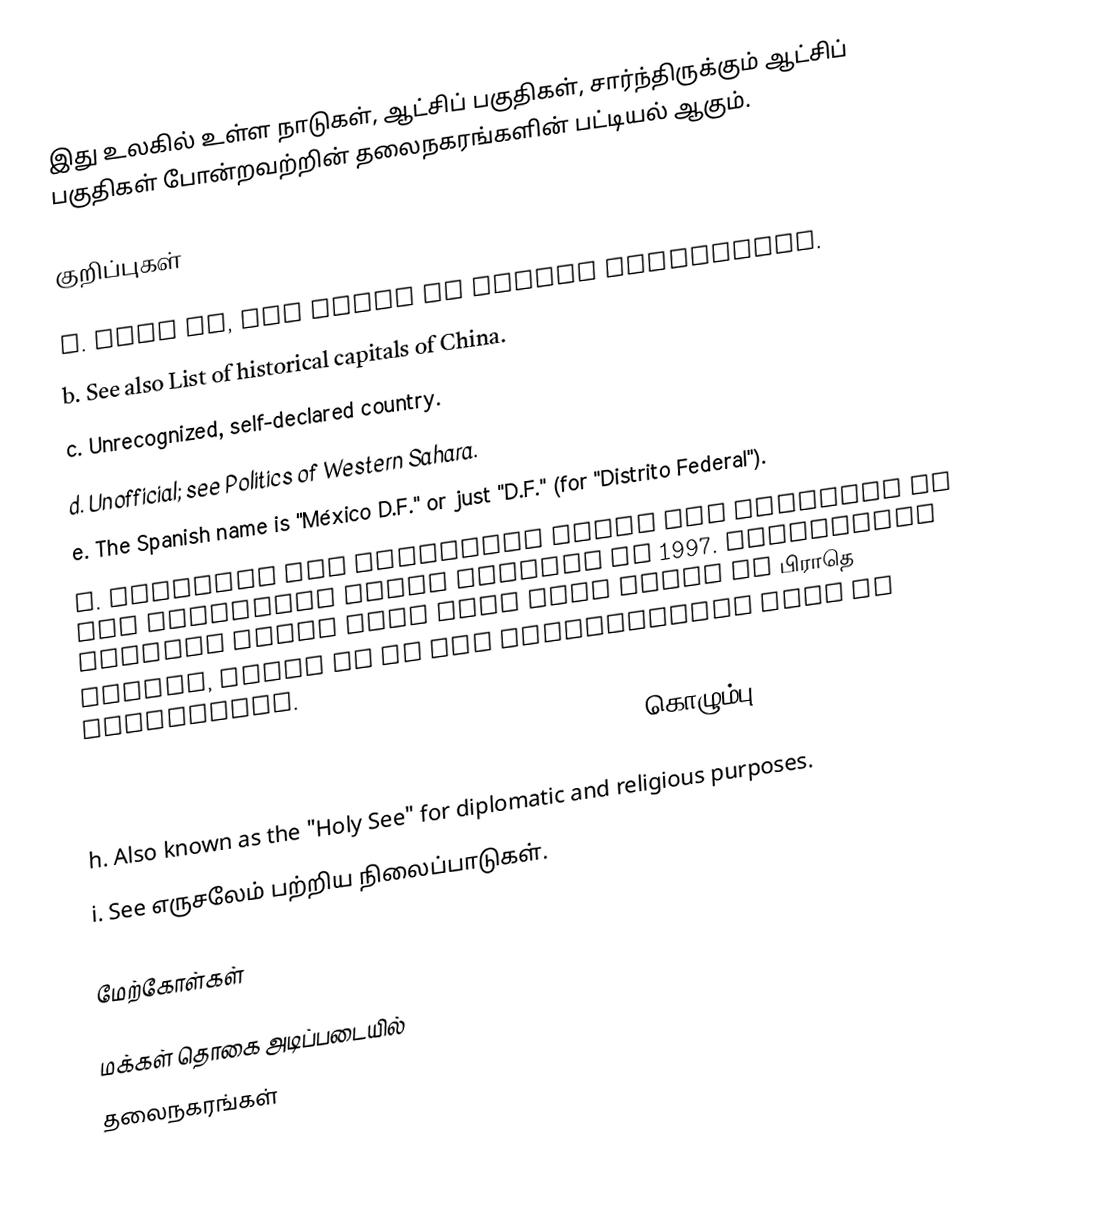
இது உலகில் உள்ள நாடுகள், ஆட்சிப் பகுதிகள், சார்ந்திருக்கும் ஆட்சிப் பகுதிகள் போன்றவற்றின் தலைநகரங்களின் பட்டியல் ஆகும்.

குறிப்புகள்

 a.  That is, the State of Brunei Darussalam.
 b.  See also List of historical capitals of China.
 c.  Unrecognized, self-declared country.
 d.  Unofficial; see Politics of Western Sahara.
 e.  The Spanish name is "México D.F." or just "D.F." (for "Distrito Federal").
 f.  Plymouth was abandoned after the eruption of the Soufriere Hills volcano in 1997. Government offices since then have been moved to பிராதெ Estate, which is in the northwestern part of Montserrat.
 g.  Also known as "Kotte". Until the 1980s, the capital was கொழும்பு, where many important governmental institutions still remain and which is still designated as the commercial capital of Sri Lanka.
 h.  Also known as the "Holy See" for diplomatic and religious purposes.
 i.  See எருசலேம் பற்றிய நிலைப்பாடுகள்.

மேற்கோள்கள்

மக்கள் தொகை அடிப்படையில்
தலைநகரங்கள்